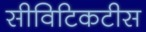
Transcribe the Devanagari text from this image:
सीविटिकटीस